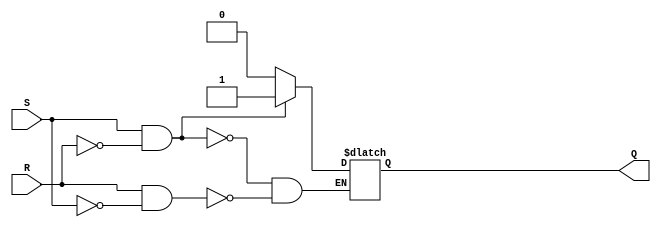
module sr_flip_flop (
    input S, // Set input
    input R, // Reset input
    output reg Q // Output
);

always @* begin
    if (S & ~R)
        Q <= 1; // Set to '1'
    else if (R & ~S)
        Q <= 0; // Reset to '0'
end

endmodule